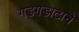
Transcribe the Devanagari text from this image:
गडगडाटाने